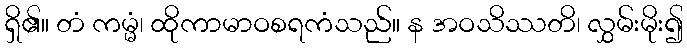
ရှိ၏။ တံ ကမ္မံ၊ ထိုကာမာဝစရကံသည်။ န အဝသိဿတိ၊ လွှမ်းမိုး၍